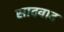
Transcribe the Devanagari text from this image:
सादवाद